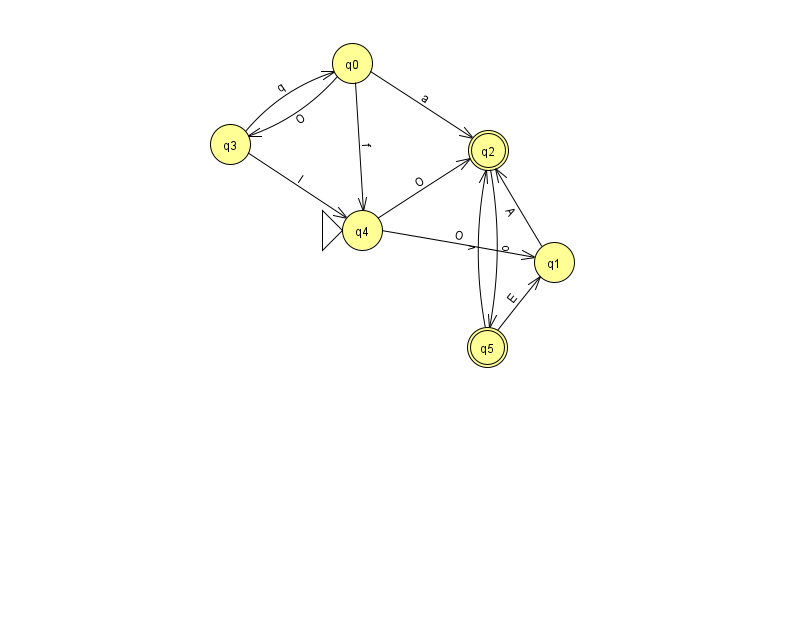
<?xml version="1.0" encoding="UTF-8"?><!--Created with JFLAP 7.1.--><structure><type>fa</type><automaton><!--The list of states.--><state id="0" name="q0"><x>352.0</x><y>50.0</y></state><state id="1" name="q1"><x>554.0</x><y>249.0</y></state><state id="2" name="q2"><x>488.0</x><y>137.0</y><final/></state><state id="3" name="q3"><x>230.0</x><y>131.0</y></state><state id="4" name="q4"><x>362.0</x><y>217.0</y><initial/></state><state id="5" name="q5"><x>487.0</x><y>334.0</y><final/></state><!--The list of transitions.--><transition><from>3</from><to>0</to><read>q</read></transition><transition><from>0</from><to>2</to><read>a</read></transition><transition><from>1</from><to>2</to><read>A</read></transition><transition><from>2</from><to>5</to><read>o</read></transition><transition><from>0</from><to>4</to><read>f</read></transition><transition><from>3</from><to>4</to><read>I</read></transition><transition><from>5</from><to>1</to><read>E</read></transition><transition><from>4</from><to>1</to><read>O</read></transition><transition><from>0</from><to>3</to><read>O</read></transition><transition><from>4</from><to>2</to><read>O</read></transition><transition><from>5</from><to>2</to><read>v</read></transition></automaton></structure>